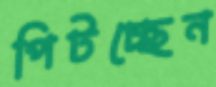
পিটচ্ছেন